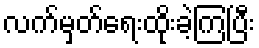
လက်မှတ်ရေးထိုးခဲ့ကြပြီး